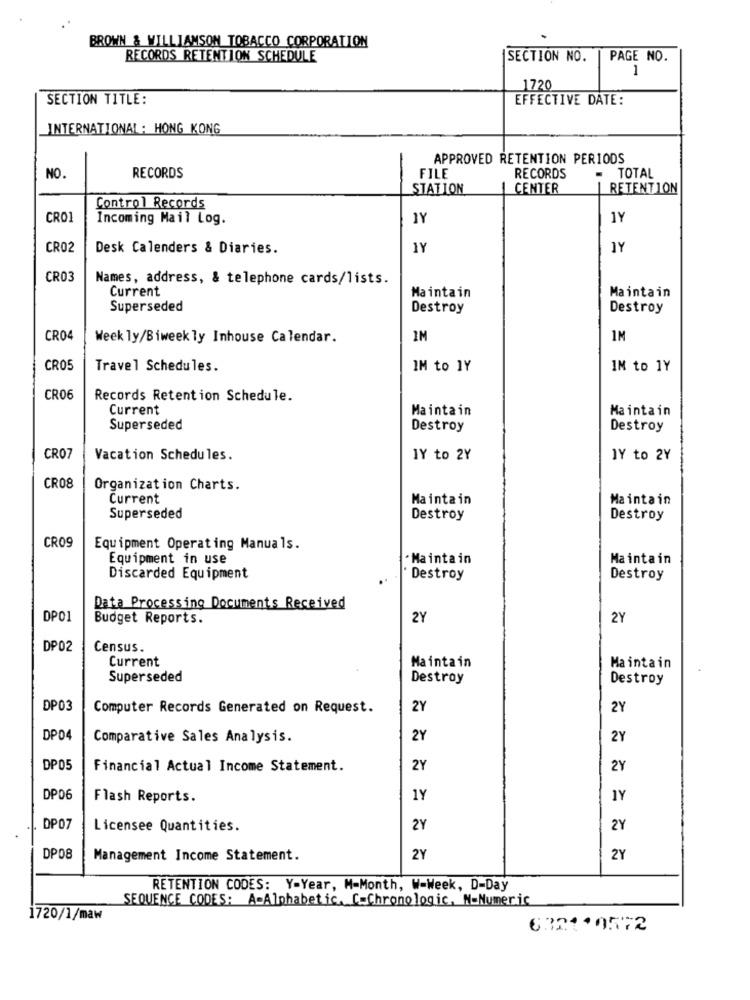
BROWN & WILLIAMSON TOBACCO CORPORATION
RECORDS RETENTION SCHEDULE
SECTION NO.
PAGE NO.
1
1720
SECTION TITLE:
EFFECTIVE DATE:
INTERNATIONAL : HONG KONG
APPROVED RETENTION PERIODS
FILE
NO.
RECORDS
RECORDS
TOTAL
STATION
CENTER
RETENTION
Control Records
CRO1
Incoming Mail Log.
1Y
1Y
CRO2
Desk Calenders & Diaries.
1Y
JY
CR03
Names, address, & telephone cards/lists.
Current
Maintain
Maintain
Superseded
Destroy
Destroy
CRO4
Weekly/Biweekly Inhouse Calendar.
IM
IM
CRO5
Travel Schedules.
IM to 1Y
IM to 1Y
CR06
Records Retention Schedule.
Current
Maintain
Maintain
Superseded
Destroy
Destroy
CR07
Vacation Schedules.
1Y to 2Y
JY to 2Y
CR08
Organization Charts.
Current
Maintain
Maintain
Superseded
Destroy
Destroy
CR09
Equipment Operating Manuals.
Equipment in use
·Maintain
Maintain
Discarded Equipment
Destroy
Destroy
Data Processing Documents Received
DP01
Budget Reports.
2Y
2Y
DP02
Census.
Current
Maintain
Maintain
Superseded
Destroy
Destroy
DP03
Computer Records Generated on Request.
2Y
2Y
DP04
Comparative Sales Analysis.
2Y
2Y
DP05
Financial Actual Income Statement.
2Y
2Y
DP06
Flash Reports.
1Y
1Y
DP07
Licensee Quantities.
2Y
2Y
DP08
Management Income Statement.
2Y
2Y
RETENTION CODES: Y-Year, M-Month, W-Week, D-Day
SEQUENCE CODES: A-Alphabetic. C-Chronologic, N-Numeric
1720/1/maw
6321.0572